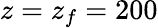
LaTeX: z=z_{f}=200